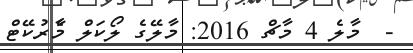
-  މާލެ 4 މާޗް 2016: މާލޭގެ ލޯކަލް މާެރުކޭޓް